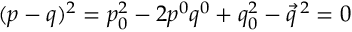
( p - q ) ^ { 2 } = p _ { 0 } ^ { 2 } - 2 p ^ { 0 } q ^ { 0 } + q _ { 0 } ^ { 2 } - \vec { q } ^ { \, 2 } = 0